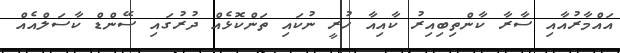
އައްމާރުއާއި ސާރާ ކާންތިބިއިރު ކާއިއާ ހުރީ ނުކައި ތަންކޮޅެއް ދުރުގައި ސޭންޑް ކާސަލްއެއް